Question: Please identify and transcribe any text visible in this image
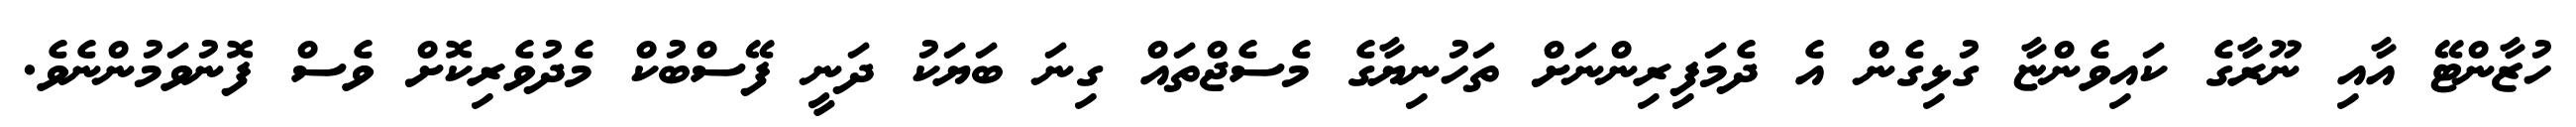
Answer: ހުޒާންޓޭ އާއި ނޫރާގެ ކައިވެންޏާ ގުޅިގެން އެ ދެމަފިރިންނަށް ތަހުނިޔާގެ މެސެޖްތައް ގިނަ ބަޔަކު ދަނީ ފޭސްބުކް މެދުވެރިކޮށް ވެސް ފޮނުވަމުންނެވެ.